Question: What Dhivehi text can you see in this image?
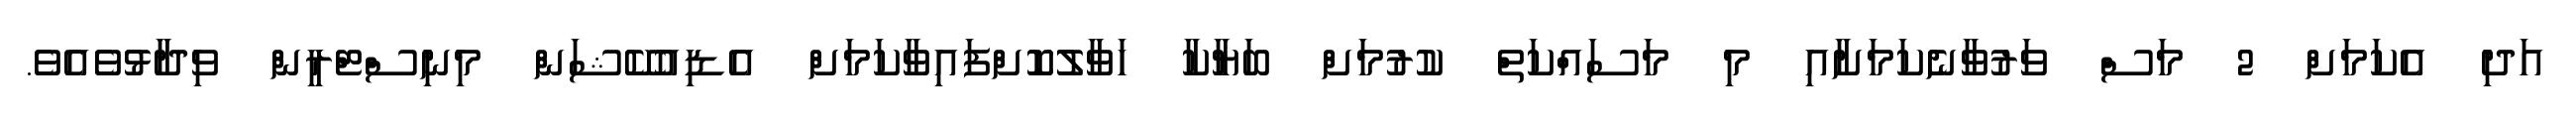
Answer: އަދި އެކަމަށް 2 މަސް ވަރުވާނެކަމަށާއި މި މަސައްކަތް ކުރުމަށް ބަޔާކާ ހަވާލުކޮށްފައިވާކަމަށް އެޑިއުކޭޝަން މިނިސްޓްރީން ވިދާޅުވެއެވެ.